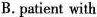
B. patient with